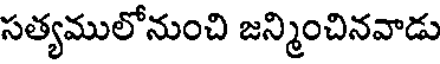
సత్యములోనుంచి జన్మించినవాడు